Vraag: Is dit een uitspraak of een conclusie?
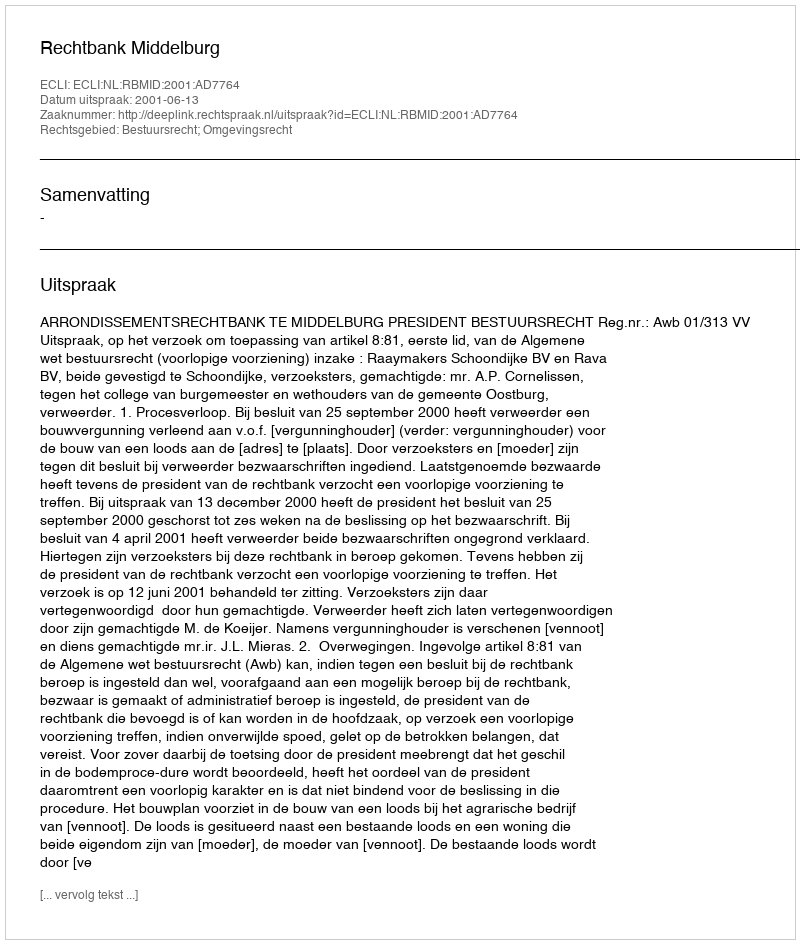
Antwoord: Uitspraak